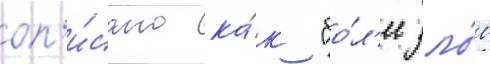
оп'и́сано ка́к "бо́л'ее зло́е